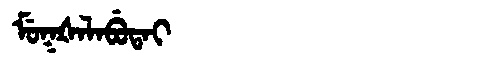
Manchu: ᠮᡠᡴᡧᠠᠯᠠᠪᡠᡨᠠᡳ
Romanization: MUKŠALABUTAI